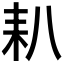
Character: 𦓧